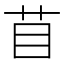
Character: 苜